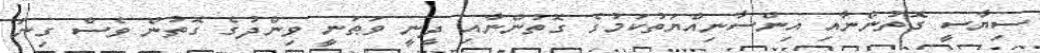
ސިޔާސީ ގޮތުންނާއި އިންސާނިއްޔަތުކަމުގެ ގޮތުންނާއި ދީނީ ވަޠަނީ ވިންދުގެ ގޮތުން ވެސް ގިނަ